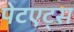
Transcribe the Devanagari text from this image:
पेटएट्स